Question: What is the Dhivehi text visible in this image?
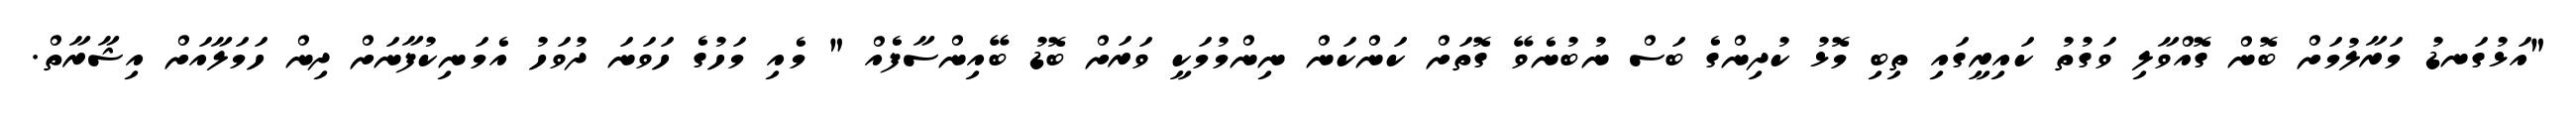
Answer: "އަޅުގަނޑު މަރާލުމަށް ބޮން ގޮއްވާލި ވަގުތު ކައިރީގައި ތިބި މޮޅު ކުދިންގެ ބަސް ނުބުނެވޭ ގޮތަށް ކަންކަން ނިންމުމަކީ ވަރަށް ބޮޑު ބޭއިންސާފެއް " މެއި މަހުގެ ހަވަނަ ދުވަހު އެމަނިކުފާނަށް ދިން ހަމަލާއަށް އިޝާރާތް.